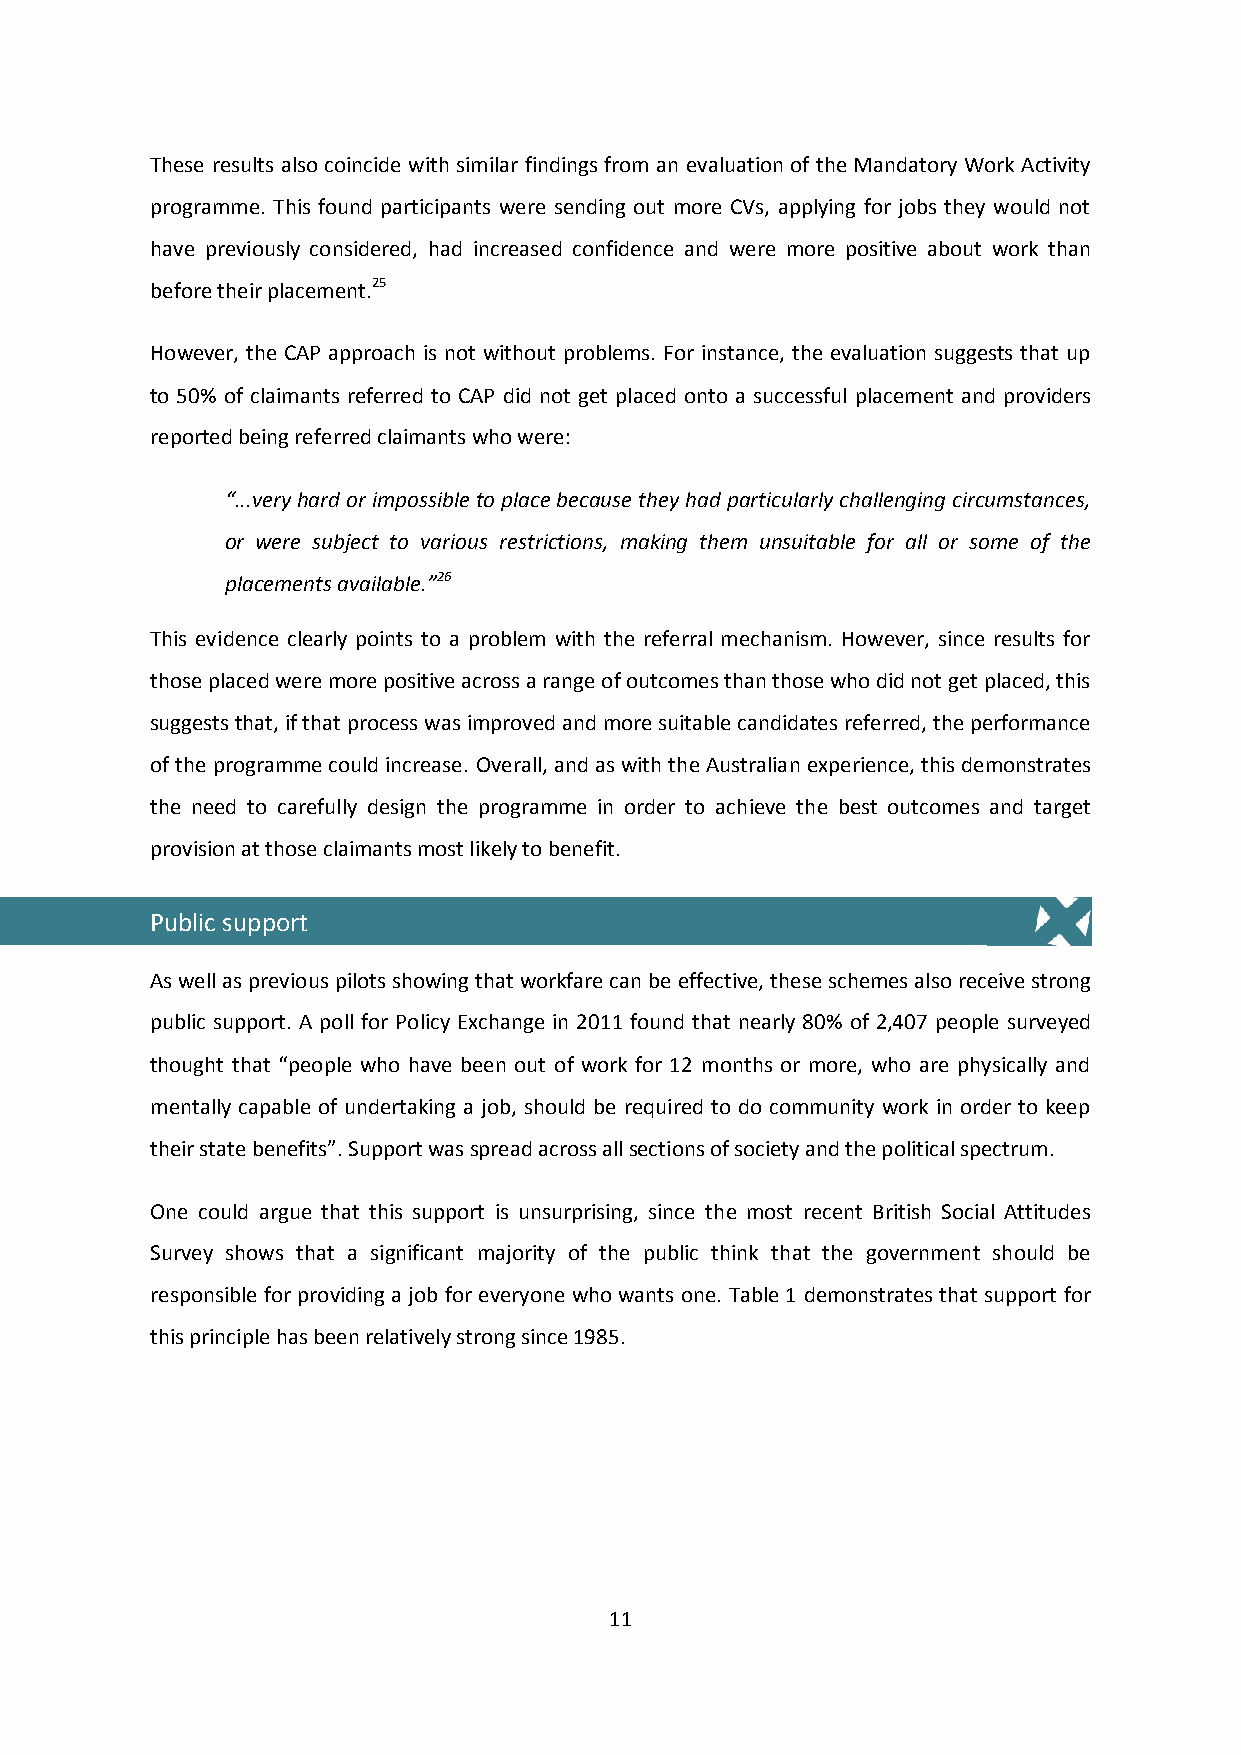
These results also coincide with similar findings from an evaluation of the Mandatory Work Activity
 programme. This found participants were sending out more CVs, applying for jobs they would not
 have previously considered, had increased confidence and were more positive about work than
 before their placement.25
 However, the CAP approach is not without problems. For instance, the evaluation suggests that up
 to 50% of claimants referred to CAP did not get placed onto a successful placement and providers
 reported being referred claimants who were:
 “...very hard or impossible to place because they had particularly challenging circumstances,
 or were subject to various restrictions, making them unsuitable for all or some of the
 placements available.”26
 This evidence clearly points to a problem with the referral mechanism. However, since results for
 those placed were more positive across a range of outcomes than those who did not get placed, this
 suggests that, if that process was improved and more suitable candidates referred, the performance
 of the programme could increase. Overall, and as with the Australian experience, this demonstrates
 the need to carefully design the programme in order to achieve the best outcomes and target
 provision at those claimants most likely to benefit.
 Public support
 As well as previous pilots showing that workfare can be effective, these schemes also receive strong
 public support. A poll for Policy Exchange in 2011 found that nearly 80% of 2,407 people surveyed
 thought that “people who have been out of work for 12 months or more, who are physically and
 mentally capable of undertaking a job, should be required to do community work in order to keep
 their state benefits”. Support was spread across all sections of society and the political spectrum.
 One could argue that this support is unsurprising, since the most recent British Social Attitudes
 Survey shows that a significant majority of the public think that the government should be
 responsible for providing a job for everyone who wants one. Table 1 demonstrates that support for
 this principle has been relatively strong since 1985.
 11